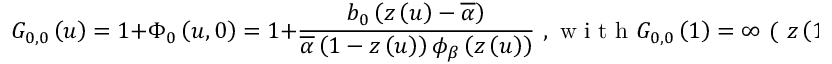
G _ { 0 , 0 } \left( u \right) = 1 + \Phi _ { 0 } \left( u , 0 \right) = 1 + \frac { b _ { 0 } \left( z \left( u \right) - \overline { { \alpha } } \right) } { \overline { { \alpha } } \left( 1 - z \left( u \right) \right) \phi _ { \beta } \left( z \left( u \right) \right) } \mathrm { ~ , ~ w ~ i ~ t ~ h ~ } G _ { 0 , 0 } \left( 1 \right) = \infty \mathrm { ~ ( ~ } z \left( 1 \right) = 1 \mathrm { ~ ) ~ . ~ }